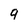
Character: 9